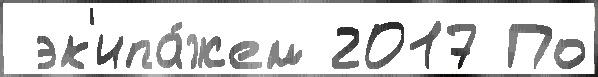
 эк'ипа́жем 2017 По